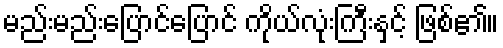
မည်းမည်းပြောင်ပြောင် ကိုယ်လုံးကြီးနှင့် ဖြစ်၏။